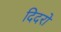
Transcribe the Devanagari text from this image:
दिदरों